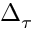
\Delta _ { \tau }